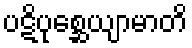
ပဋိပုစ္ဆေယျာမာတိ